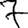
Digit: 7